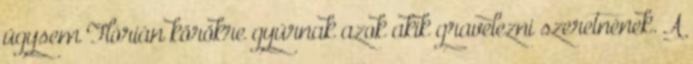
úgysem Flórián körökre gyúrnak azok akik gravelezni szeretnének. A